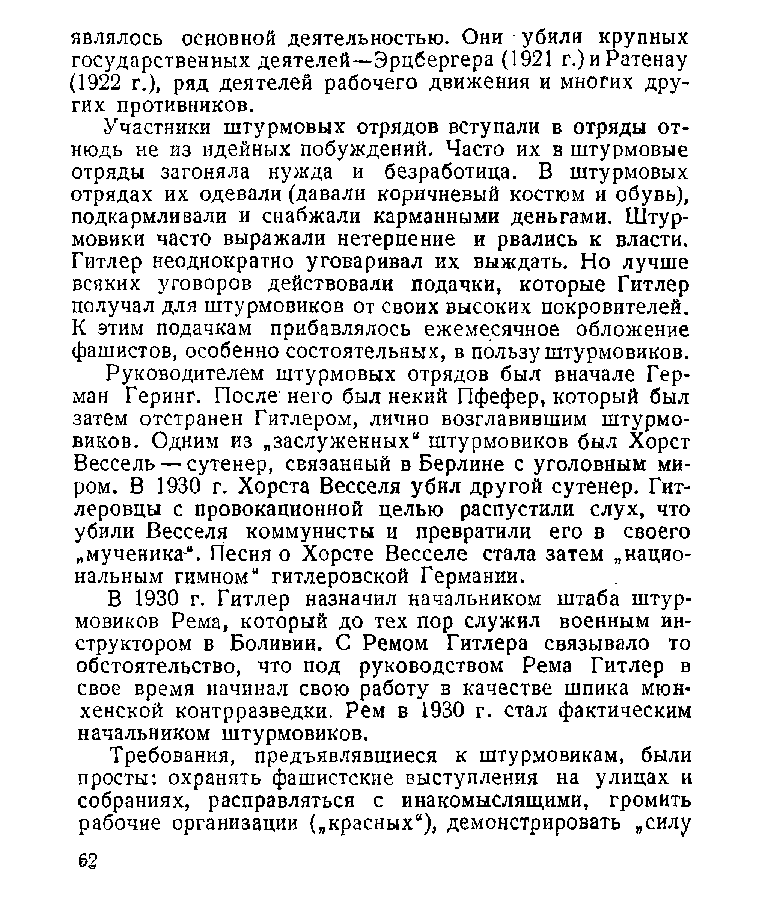
являлось основной деятельностью. Они убили крупных
 государственных деятелей—Эрцбергера (1921 г.)иРатенау
 (1922 г.), ряд деятелей рабочего движения и многих дру­
 гих противников.
 Участники штурмовых отрядов вступали в отряды от­
 нюдь не из идейных побуждений. Часто их в штурмовые
 отряды загоняла нужда и безработица. В штурмовых
 отрядах их одевали (давали коричневый костюм и обувь),
 подкармливали и снабжали карманными деньгами. Штур­
 мовики часто выражали нетерпение и рвались к власти.
 Гитлер неоднократно уговаривал их выждать. Но лучше
 всяких уговоров действовали подачки, которые Гитлер
 получал для штурмовиков от своих высоких покровителей.
 К этим подачкам прибавлялось ежемесячное обложение
 фашистов, особенно состоятельных, в пользу штурмовиков.
 Руководителем штурмовых отрядов был вначале Гер­
 ман Геринг. После'него был некий Пфефер, который был
 затем отстранен Гитлером, лично возглавившим штурмо­
 виков. Одним из „заслуженных“ штурмовиков был Хорст
 Бессель — сутенер, связанный в Берлине с уголовным ми­
 ром. В 1930 г. Хорста Бесселя убил другой сутенер. Гит­
 леровцы с провокационной целью распустили слух, что
 убили Бесселя коммунисты и превратили его в своего
 „мученика“. Песня о Хорсте Бесселе стала затем „нацио­
 нальным гимном“ гитлеровской Германии.
 В 1930 г. Гитлер назначил начальником штаба штур­
 мовиков Рема, который до тех пор служил военным ин­
 структором в Боливии. С Ремом Гитлера связывало то
 обстоятельство, что под руководством Рема Гитлер в
 свое время начинал свою работу в качестве шпика мюн­
 хенской контрразведки. Рем в 1930 г. стал фактическим
 начальником штурмовиков.
 Требования, предъявлявшиеся к штурмовикам, были
 просты: охранять фашистские выступления на улицах и
 собраниях, расправляться с инакомыслящими, громить
 рабочие организации („красных“), демонстрировать „силу
 62